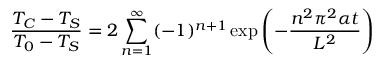
{ \frac { T _ { C } - T _ { S } } { T _ { 0 } - T _ { S } } } = 2 \sum _ { n = 1 } ^ { \infty } ( - 1 ) ^ { n + 1 } \exp \left( { - { \frac { n ^ { 2 } \pi ^ { 2 } \alpha t } { L ^ { 2 } } } } \right)